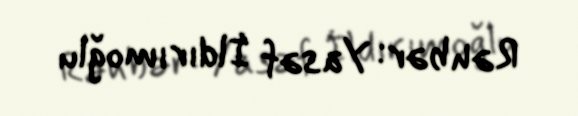
Rəhbər: Yasəf İldırımoğlu